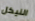
النيكل